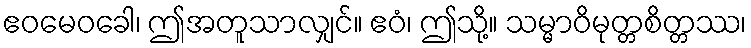
ဧဝမေဝခေါ၊ ဤအတူသာလျှင်။ ဧဝံ၊ ဤသို့။ သမ္မာဝိမုတ္တစိတ္တဿ၊